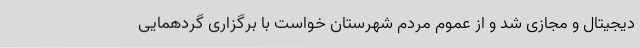
دیجیتال و مجازی شد و از عموم مردم شهرستان خواست با برگزاری گردهمایی